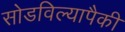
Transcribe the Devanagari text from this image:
सोडविल्यापैकी